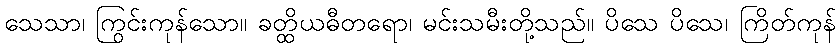
သေသာ၊ ကြွင်းကုန်သော။ ခတ္ထိယဓီတရော၊ မင်းသမီးတို့သည်။ ပိသေ ပိသေ၊ ကြိတ်ကုန်